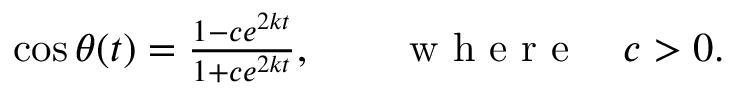
\begin{array} { r } { \cos \theta ( t ) = \frac { 1 - c e ^ { 2 k t } } { 1 + c e ^ { 2 k t } } , \qquad \mathrm { ~ w ~ h ~ e ~ r ~ e ~ } \quad c > 0 . } \end{array}